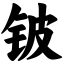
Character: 铍